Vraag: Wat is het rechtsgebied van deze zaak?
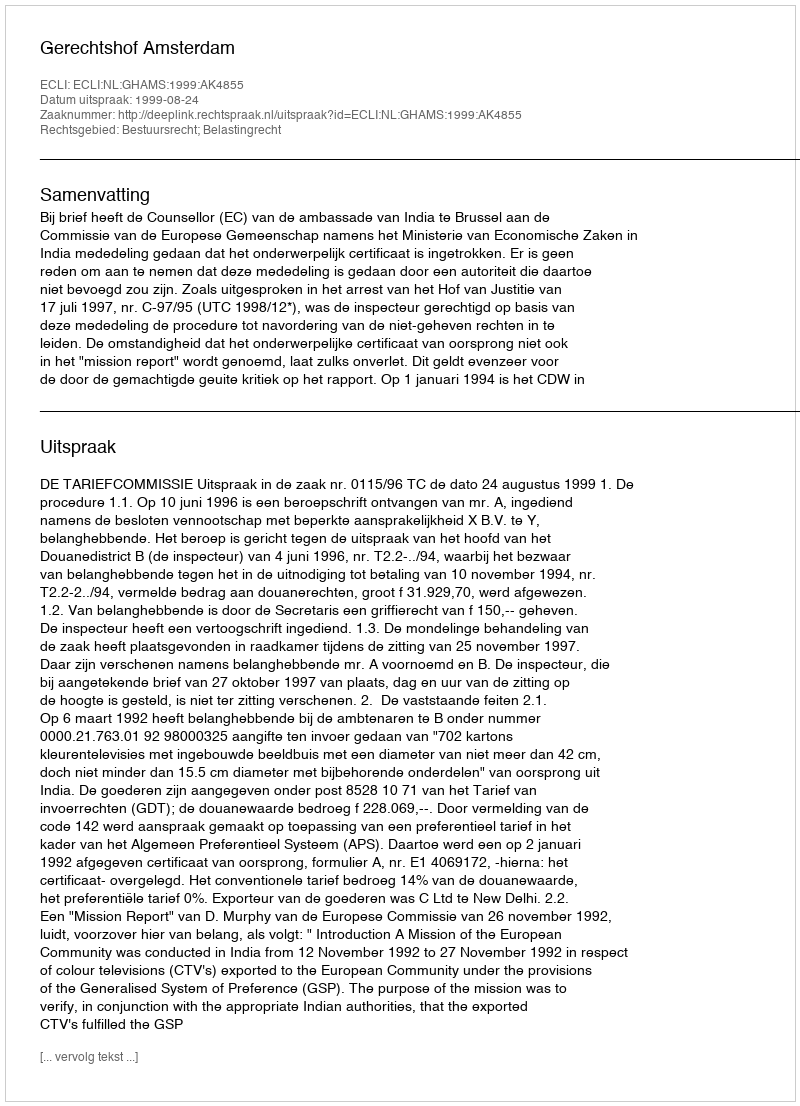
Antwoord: Bestuursrecht; Belastingrecht